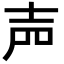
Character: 𡔝